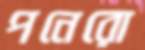
পনেরো